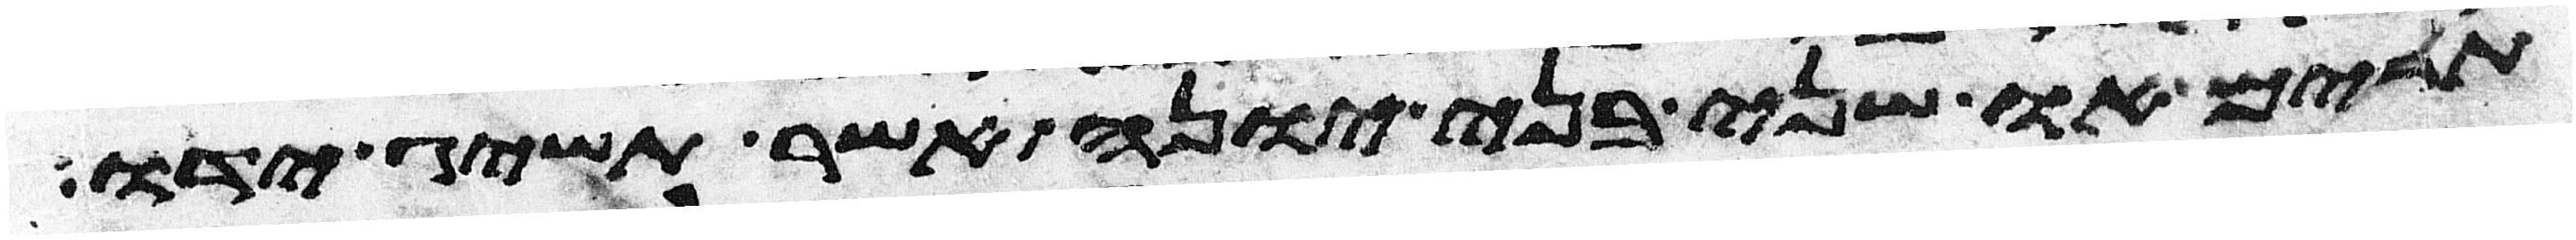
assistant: תרים או שני בני יונה אשר תשיג ידו